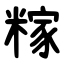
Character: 糘